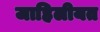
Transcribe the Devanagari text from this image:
जाहिलीयत